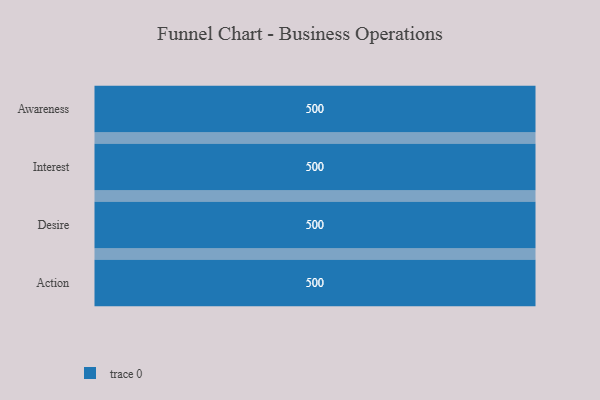
{"axis": {"x": "Stage", "y": "Value"}, "legend": [""], "data": [{"x": "Awareness", "y": 500, "type": ""}, {"x": "Interest", "y": 500, "type": ""}, {"x": "Desire", "y": 500, "type": ""}, {"x": "Action", "y": 500, "type": ""}]}